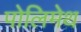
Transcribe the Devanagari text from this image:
पोलिमेथ